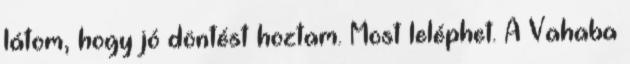
látom, hogy jó döntést hoztam. Most leléphet. A Vahaba